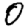
Digit: 0